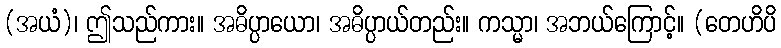
(အယံ)၊ ဤသည်ကား။ အဓိပ္ပာယော၊ အဓိပ္ပာယ်တည်း။ ကသ္မာ၊ အဘယ်ကြောင့်။ (တေဟိပိ